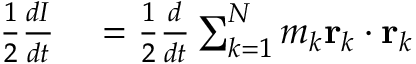
\begin{array} { r l } { { \frac { 1 } { 2 } } { \frac { d I } { d t } } } & { { } = { \frac { 1 } { 2 } } { \frac { d } { d t } } \sum _ { k = 1 } ^ { N } m _ { k } \mathbf { r } _ { k } \cdot \mathbf { r } _ { k } } \end{array}